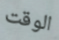
الوقت